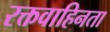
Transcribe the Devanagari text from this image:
रक्तवाहिनता